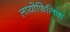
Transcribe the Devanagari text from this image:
लायोफ़िलिक